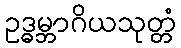
ဥဒ္ဓမ္ဘာဂိယသုတ္တံ